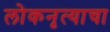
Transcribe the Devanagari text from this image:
लोकनृत्याचा